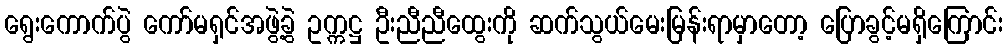
ရွေးကောက်ပွဲ ကော်မရှင်အဖွဲ့ခွဲ ဥက္ကဋ္ဌ ဦးညီညီထွေးကို ဆက်သွယ်မေးမြန်းရာမှာတော့ ပြောခွင့်မရှိကြောင်း